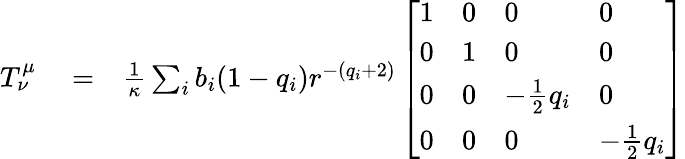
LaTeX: \begin{array}{rlr}{T_{\nu}^{\mu}}&{{}=}&{\frac{1}{\kappa}\sum_{i}b_{i}(1-q_{i})r^{-(q_{i}+2)}\left[\begin{array}{llll}{1}&{0}&{0}&{0}\\ {0}&{1}&{0}&{0}\\ {0}&{0}&{-\frac{1}{2}q_{i}}&{0}\\ {0}&{0}&{0}&{-\frac{1}{2}q_{i}}\end{array}\right]}\end{array}